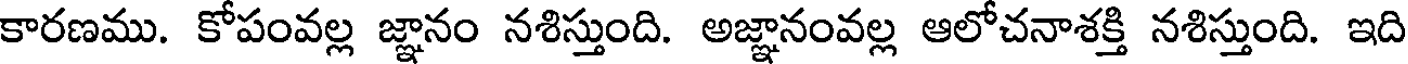
కారణము. కోపంవల్ల జ్ఞానం నశిస్తుంది. అజ్ఞానంవల్ల ఆలోచనాశక్తి నశిస్తుంది. ఇది